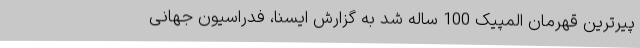
پیرترین قهرمان المپیک 100 ساله شد به گزارش ایسنا، فدراسیون جهانی